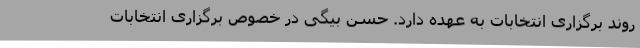
روند برگزاری انتخابات به عهده دارد. حسن بیگی در خصوص برگزاری انتخابات